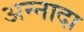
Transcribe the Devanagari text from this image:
अन्नादा